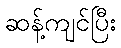
ဆန့်ကျင်ပြီး